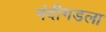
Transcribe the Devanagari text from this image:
नंदीगडला